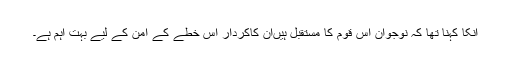
انکا کہنا تھا کہ نوجوان اس قوم کا مستقبل ہیںان کاکردار اس خطے کے امن کے لیے بہت اہم ہے۔